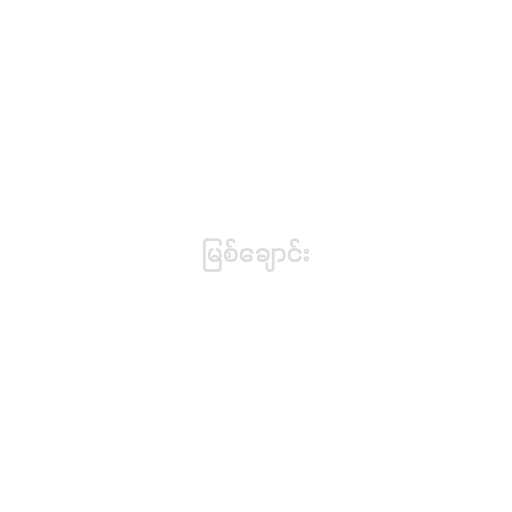
မြစ်ချောင်း